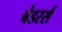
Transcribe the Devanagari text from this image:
बंडरर्स